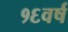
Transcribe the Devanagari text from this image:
१६वर्ष